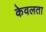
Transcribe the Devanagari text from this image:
केवलता